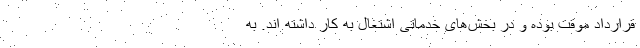
قرارداد موقت بوده و در بخش‌های خدماتی اشتغال به کار داشته اند. به